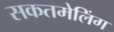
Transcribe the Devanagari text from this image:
सकतमेलिंग